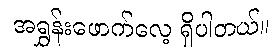
အရွှန်းဖောက်လေ့ ရှိပါတယ်။